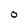
Character: O